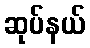
ဆုပ်နယ်